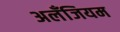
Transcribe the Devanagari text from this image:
अलँजियम